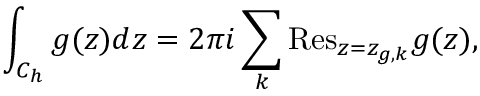
\int _ { C _ { h } } { g ( z ) d z } = 2 \pi i \sum _ { k } { \mathrm { R e s } } _ { z = z _ { g , k } } g ( z ) ,